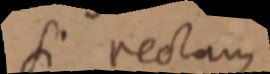
si rectam